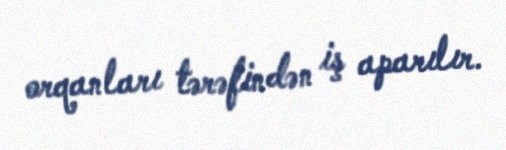
orqanları tərəfindən iş aparılır.